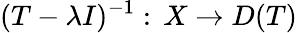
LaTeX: (T-\lambda I)^{-1}:\, X\to D(T)